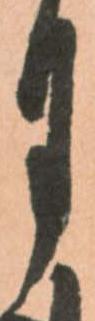
月